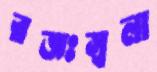
রজঃস্বলা